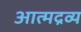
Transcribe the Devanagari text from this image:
आत्मद्रव्य